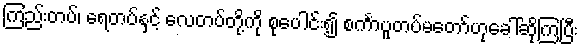
ကြည်းတပ်၊ ရေတပ်နှင့် လေတပ်တို့ကို စုပေါင်း၍ စင်္ကာပူတပ်မတော်ဟုခေါ်ဆိုကြပြီး